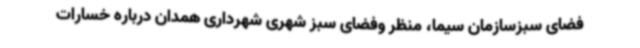
فضای سبزسازمان سیما، منظر وفضای سبز شهری شهرداری همدان درباره خسارات